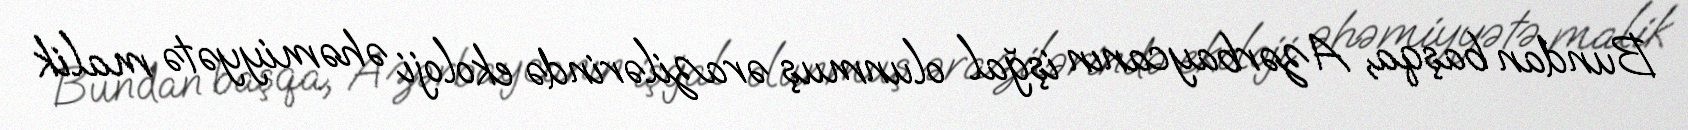
Bundan başqa, Azərbaycanın işğal olunmuş ərazilərində ekoloji əhəmiyyətə malik